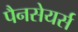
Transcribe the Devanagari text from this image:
पैनसेयर्स